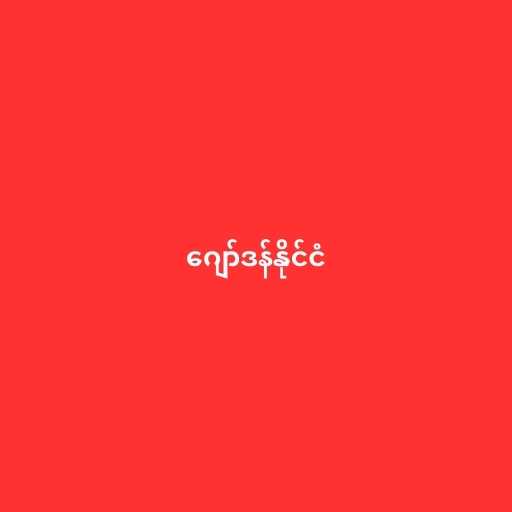
ဂျော်ဒန်နိုင်ငံ